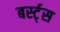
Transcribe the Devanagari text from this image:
बर्स्ट्‌स